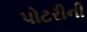
પોટરીની